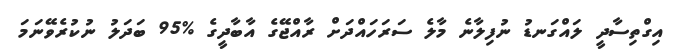
އިގްތިސާދީ ލައްގަނޑު ނުފިލާނެ މާލެ ސަރަހައްދަށް ރާއްޖޭގެ އާބާދީގެ %95 ބަދަލު ނުކުރެވޭނަމަ